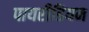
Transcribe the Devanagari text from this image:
पायरीडियम